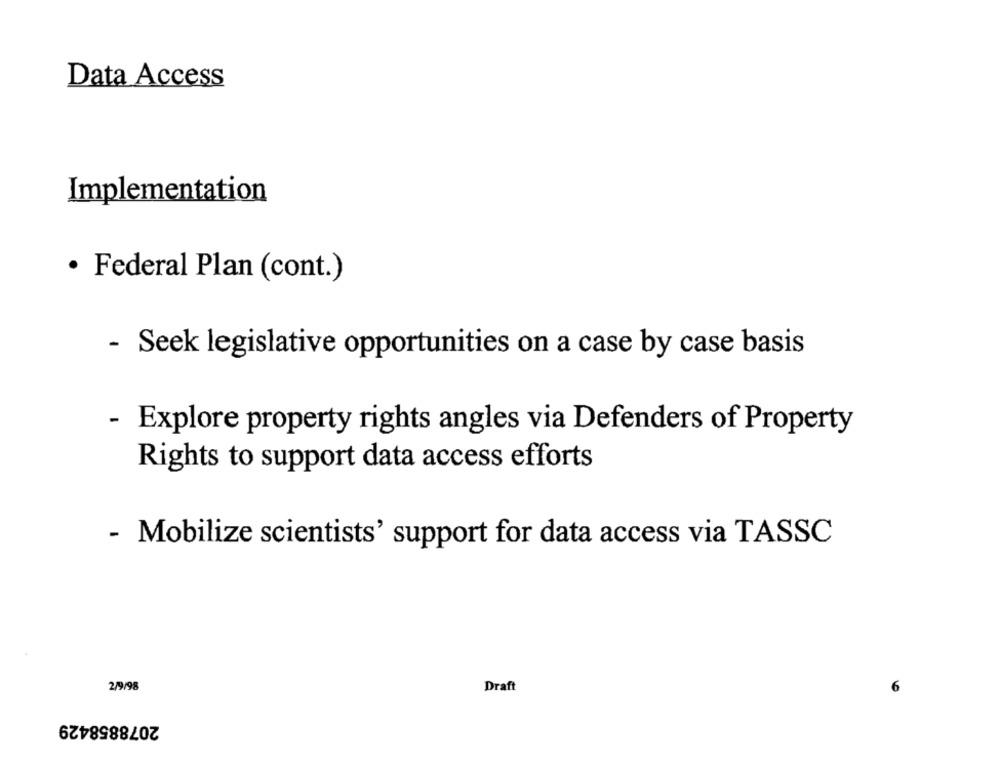
Data Access
Implementation
· Federal Plan (cont.)
- Seek legislative opportunities on a case by case basis
- Explore property rights angles via Defenders of Property
Rights to support data access efforts
- Mobilize scientists' support for data access via TASSC
2/9/98
Draft
2078858429